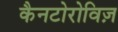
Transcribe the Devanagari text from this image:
कैनटोरोविज़